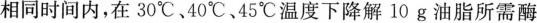
相同时间内，在30℃、40℃、45℃温度下降解10g油脂所需酶